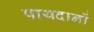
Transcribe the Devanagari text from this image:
पायदानों